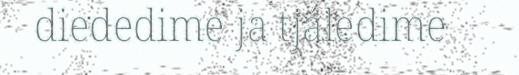
diededime ja tjáledime